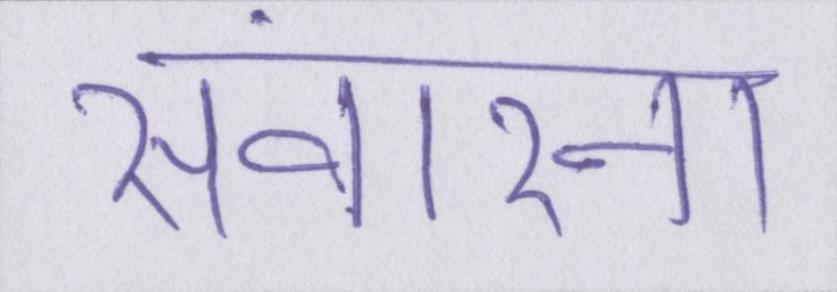
संवारना